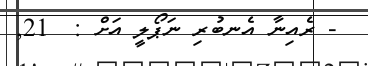
- ރެއިނާ އެނބުރި ނަޕޯލީ އަށް :  21